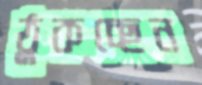
ঠুকচ্ছেন